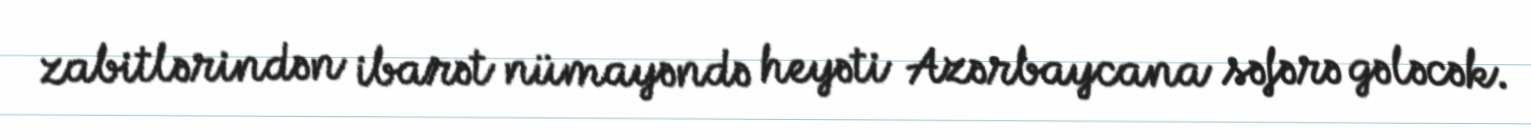
zabitlərindən ibarət nümayəndə heyəti Azərbaycana səfərə gələcək.